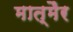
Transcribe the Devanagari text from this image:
मात्मैर